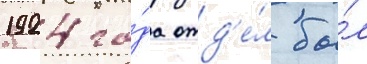
1924 го́да отд'е́л бы́л